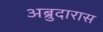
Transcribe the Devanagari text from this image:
अब्रुदारास